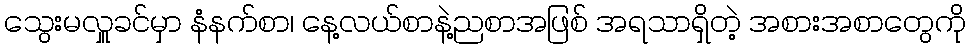
သွေးမလှူခင်မှာ နံနက်စာ၊ နေ့လယ်စာနဲ့ညစာအဖြစ် အရသာရှိတဲ့ အစားအစာတွေကို